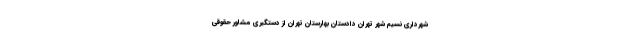
شهرداری نسیم شهر تهران دادستان بهارستان تهران از دستگیری مشاور حقوقی